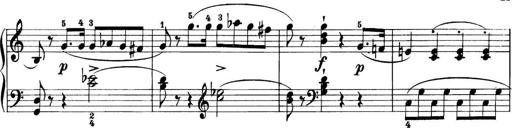
Title: 11 Sonatinas
Composer: Anton Diabelli